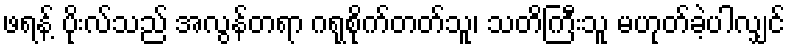
ဖရန့် ပိုးလ်သည် အလွန်တရာ ဂရုစိုက်တတ်သူ၊ သတိကြီးသူ မဟုတ်ခဲ့ပါလျှင်